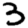
Digit: 3